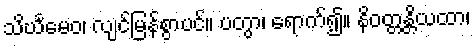
သိင်္ဃမေဝ၊ လျင်မြန်စွာပင်။ ပတွာ၊ ရောက်၍။ နိဝတ္တန္တိယထာ၊